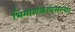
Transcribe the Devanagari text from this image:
भिमाशंक्रापसल्या